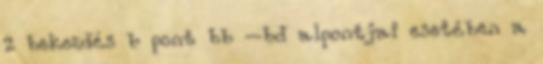
2 bekezdés b pont bb –bd alpontjai esetében a